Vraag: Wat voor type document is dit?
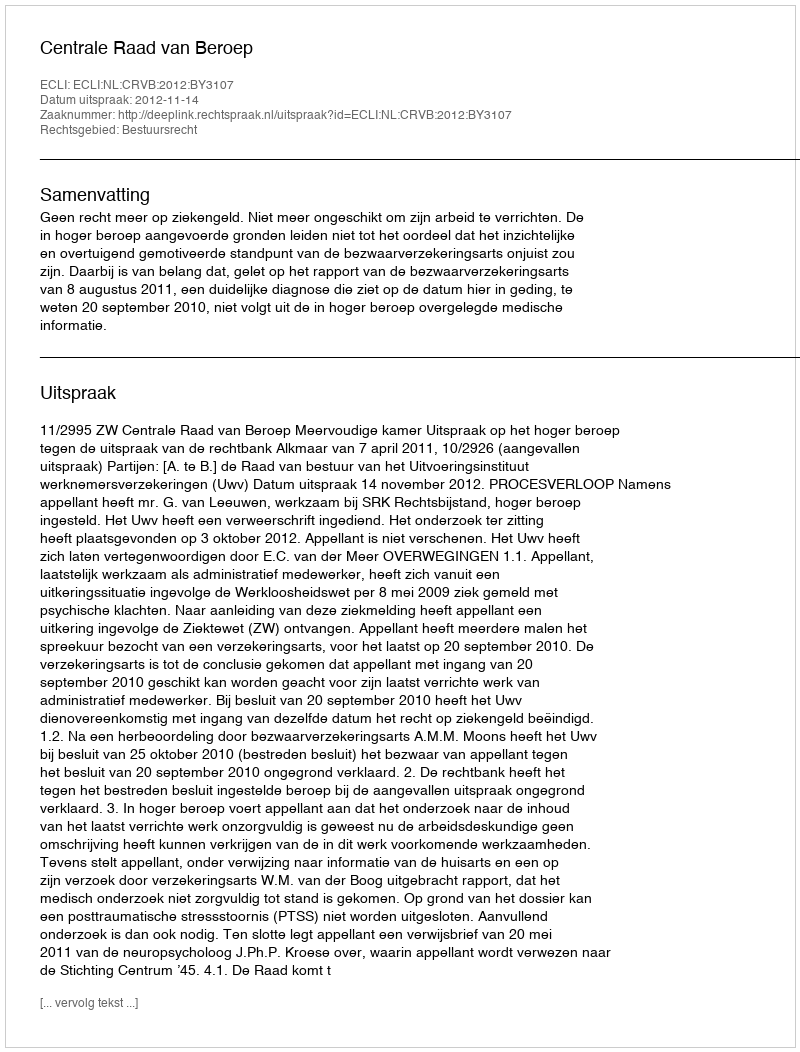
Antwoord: Uitspraak